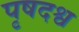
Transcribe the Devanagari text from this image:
पृषदश्व